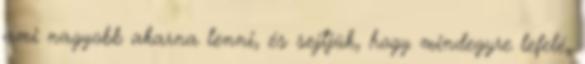
ami nagyobb akarna lenni, és sejtjük, hogy mindegyre lefelé,